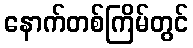
နောက်တစ်ကြိမ်တွင်